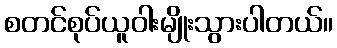
စတင်စုပ်ယူဝါးမျိုးသွားပါတယ်။